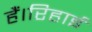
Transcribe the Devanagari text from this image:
हैं।रिहाई